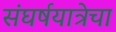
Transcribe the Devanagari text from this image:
संघर्षयात्रेचा